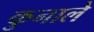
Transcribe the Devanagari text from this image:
कुनाले